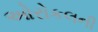
ઓરોકલની